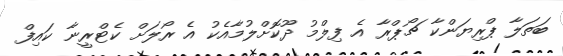
ބަތަލާ ޕްރިޔަންކާ ޗޯޕްރާ އެ ފިލްމު ދޫކޮށްލުމާއެކު އެ ރޯލަށް ކެޓްރީނާ ކައިފް